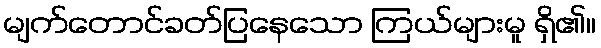
မျက်တောင်ခတ်ပြနေသော ကြယ်များမူ ရှိ၏။